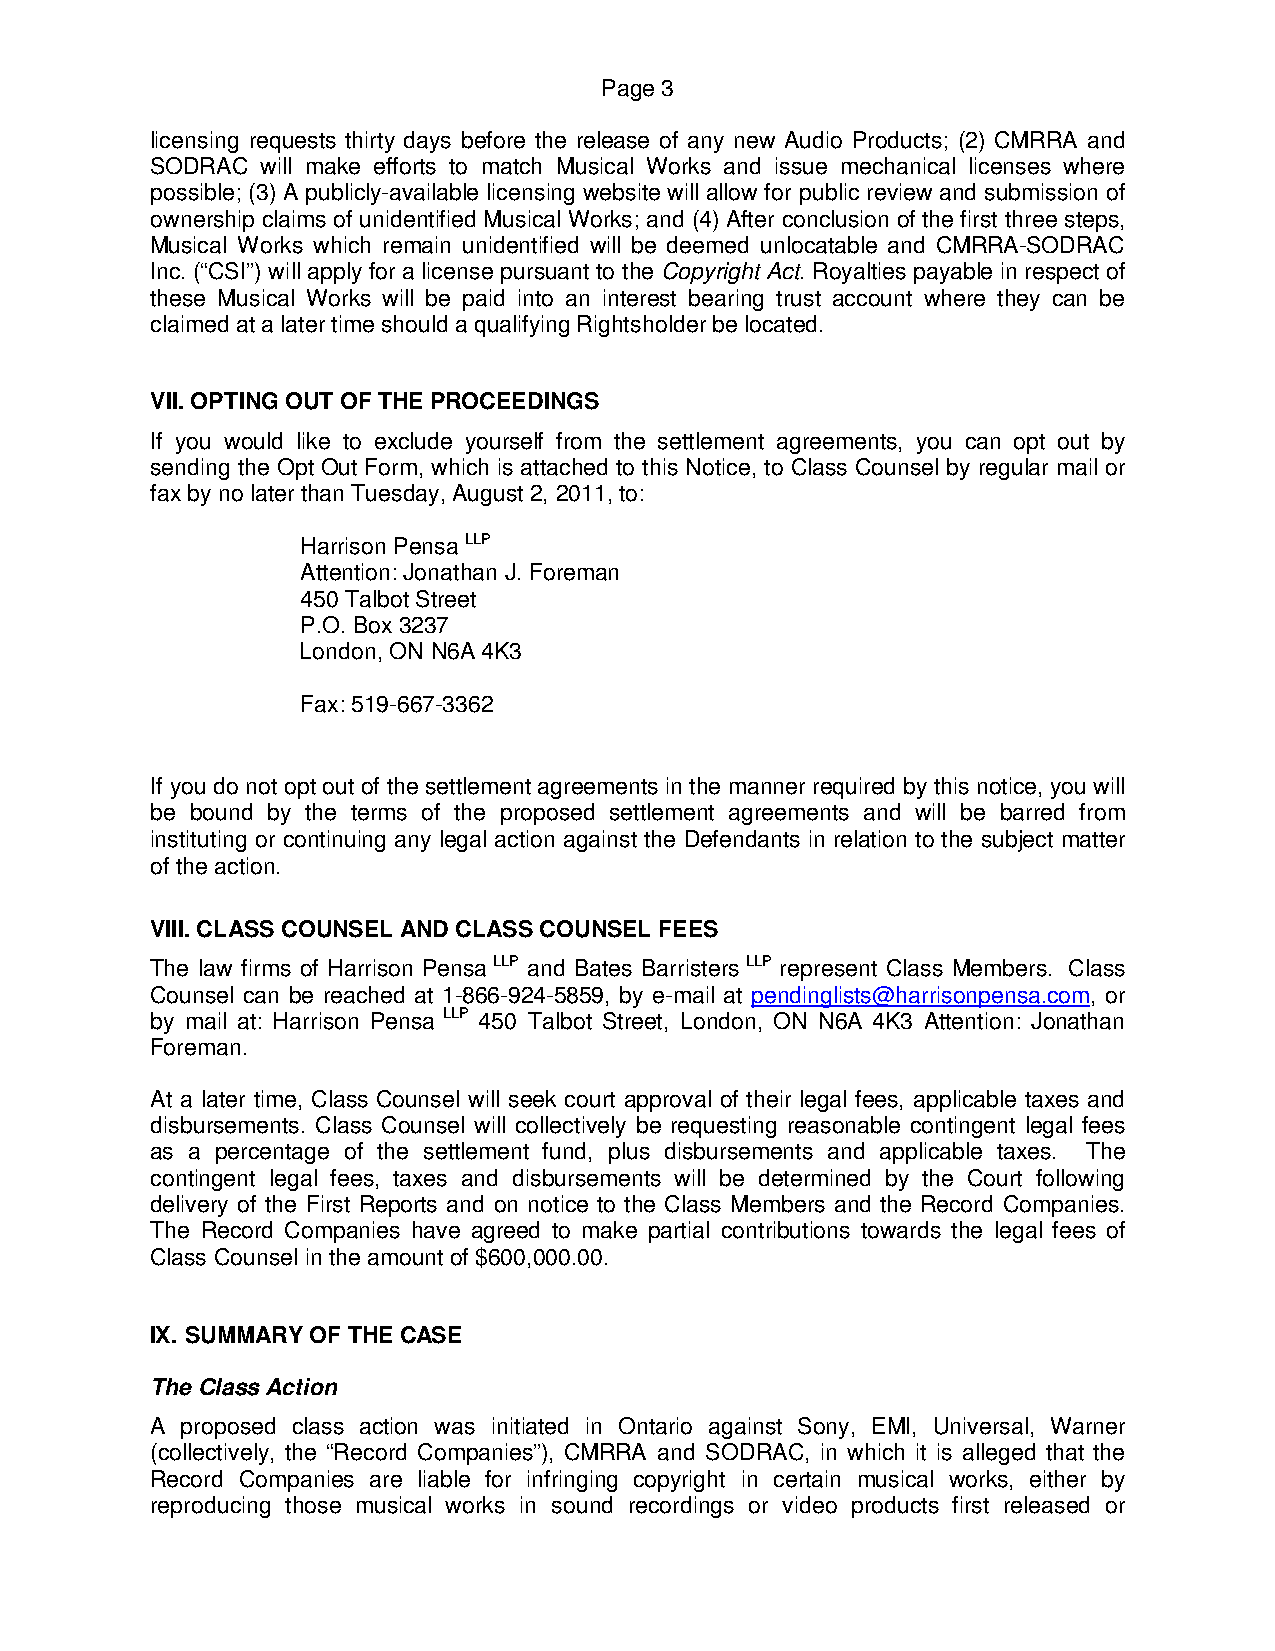
Page 3
 licensing requests thirty days before the release of any new Audio Products; (2) CMRRA and
 SODRAC will make efforts to match Musical Works and issue mechanical licenses where
 possible; (3) A publicly-available licensing website will allow for public review and submission of
 ownership claims of unidentified Musical Works; and (4) After conclusion of the first three steps,
 Musical Works which remain unidentified will be deemed unlocatable and CMRRA-SODRAC
 Inc. (“CSI”) will apply for a license pursuant to the Copyright Act. Royalties payable in respect of
 these Musical Works will be paid into an interest bearing trust account where they can be
 claimed at a later time should a qualifying Rightsholder be located.
 VII. OPTING OUT OF THE PROCEEDINGS
 If you would like to exclude yourself from the settlement agreements, you can opt out by
 sending the Opt Out Form, which is attached to this Notice, to Class Counsel by regular mail or
 fax by no later than Tuesday, August 2, 2011, to:
 Harrison Pensa LLP
 Attention: Jonathan J. Foreman
 450 Talbot Street
 P.O. Box 3237
 London, ON N6A 4K3
 Fax: 519-667-3362
 If you do not opt out of the settlement agreements in the manner required by this notice, you will
 be bound by the terms of the proposed settlement agreements and will be barred from
 instituting or continuing any legal action against the Defendants in relation to the subject matter
 of the action.
 VIII. CLASS COUNSEL AND CLASS COUNSEL FEES
 The law firms of Harrison Pensa LLP and Bates Barristers LLP represent Class Members. Class
 Counsel can be reached at 1-866-924-5859, by e-mail at pendinglists@harrisonpensa.com, or
 by mail at: Harrison Pensa LLP 450 Talbot Street, London, ON N6A 4K3 Attention: Jonathan
 Foreman.
 At a later time, Class Counsel will seek court approval of their legal fees, applicable taxes and
 disbursements. Class Counsel will collectively be requesting reasonable contingent legal fees
 as a percentage of the settlement fund, plus disbursements and applicable taxes. The
 contingent legal fees, taxes and disbursements will be determined by the Court following
 delivery of the First Reports and on notice to the Class Members and the Record Companies.
 The Record Companies have agreed to make partial contributions towards the legal fees of
 Class Counsel in the amount of $600,000.00.
 IX. SUMMARY OF THE CASE
 The Class Action
 A proposed class action was initiated in Ontario against Sony, EMI, Universal, Warner
 (collectively, the “Record Companies”), CMRRA and SODRAC, in which it is alleged that the
 Record Companies are liable for infringing copyright in certain musical works, either by
 reproducing those musical works in sound recordings or video products first released or